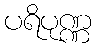
ပရိပုဏ္ဏ